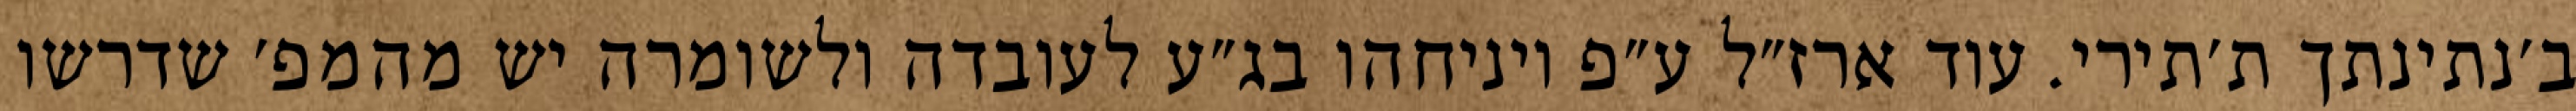
ב׳נתינתך ת׳תירי. עוד ארז״ל ע״פ ויניחהו בג״ע לעובדה ולשומרה יש מהמפ׳ שדרשו